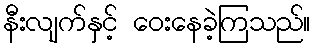
နီးလျက်နှင့် ဝေးနေခဲ့ကြသည်။